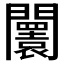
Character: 𨷤